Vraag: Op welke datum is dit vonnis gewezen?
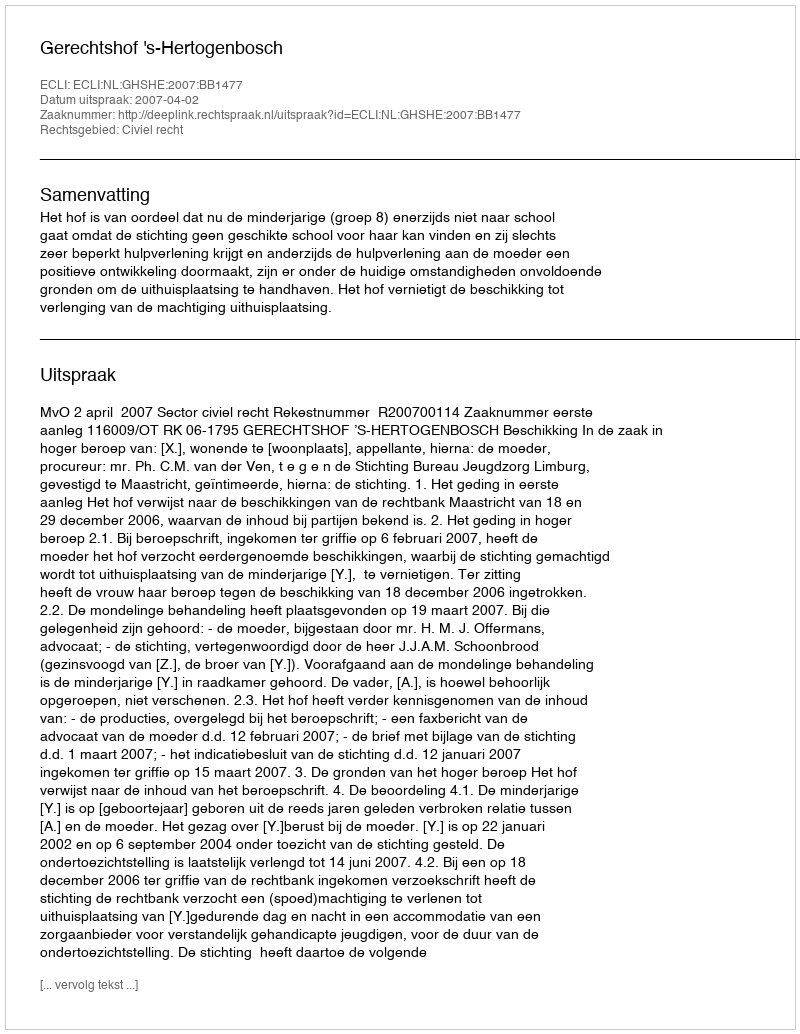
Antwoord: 2007-04-02